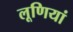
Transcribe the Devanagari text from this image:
लूणियां